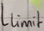
Text: Llimit